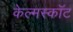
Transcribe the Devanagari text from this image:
केल्मस्काॅट